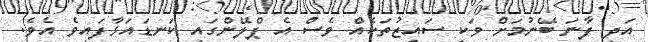
އަދި ފާނަ ބޭނުމަށް ވަކި ސައިޒުތަކެއް ވެސް އެ ޕްލޭންގައި ކަނޑައަޅާފައިވެ އެވެ.